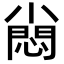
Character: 𡮮